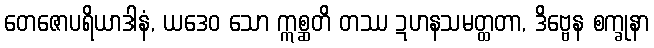
တေဇောပရိယာဒါနံ, ယဒေဝ သော ဣစ္ဆတိ တဿ ဍဟနသမတ္ထတာ, ဒိဗ္ဗေန စက္ခုနာ